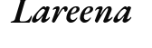
Lareena